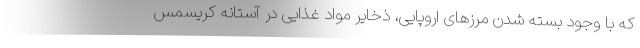
که با وجود بسته شدن مرزهای اروپایی، ذخایر مواد غذایی در آستانه کریسمس